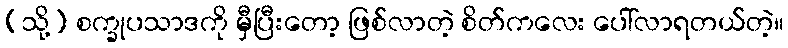
(သို့) စက္ခုပသာဒကို မှီပြီးတော့ ဖြစ်လာတဲ့ စိတ်ကလေး ပေါ်လာရတယ်တဲ့။